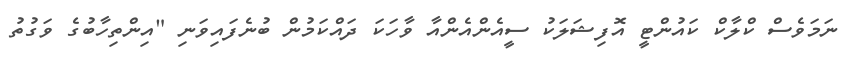
ނަމަވެސް ކްލާކް ކައުންޓީ އޮފިޝަލަކު ސީއެންއެންއާ ވާހަަކަ ދައްކަމުން ބުނެފައިވަނި "އިންތިހާބުގެ ވަގުތު